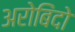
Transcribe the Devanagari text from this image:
अरोबिंदो